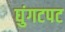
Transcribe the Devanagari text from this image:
घुंगटपट